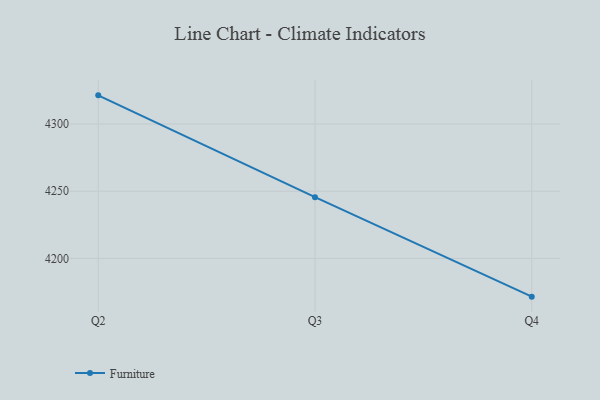
{"axis": {"x": "Quarter", "y": "Satisfaction Score"}, "legend": ["Furniture"], "data": [{"x": "Q2", "y": 4321.3, "type": "Furniture"}, {"x": "Q3", "y": 4245.6, "type": "Furniture"}, {"x": "Q4", "y": 4171.6, "type": "Furniture"}]}